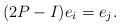
LaTeX: \begin{align*}(2P-I)e_i=e_j.\end{align*}